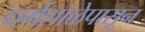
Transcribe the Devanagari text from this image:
धर्मशाळेपासून